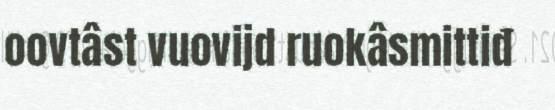
oovtâst vuovijd ruokâsmittiđ